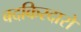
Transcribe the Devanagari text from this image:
बदकिरदारों